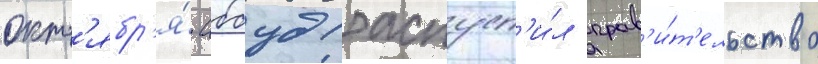
окт'ябр'я́ аббуд распуст'и́л прав'и́т'ельство